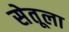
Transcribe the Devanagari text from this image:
सेतूला